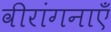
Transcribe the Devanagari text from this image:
वीरांगनाएँ